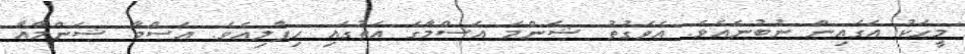
މީހަކު އަގައިން ނުބުނެއެވެ. އެވަގުތު ޝަންމަ އަސްމާގެ އަތުގައި ހިފާލިއެވެ. އަސްމާ ޝަންމާއާ